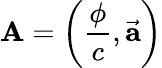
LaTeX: \mathbf{A}=\left({\frac{\phi}{c}},{\vec{\mathbf{a}}}\right)